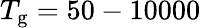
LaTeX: T_{\mathrm{g}}=50-10000